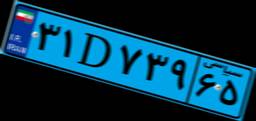
۵۰D۳۳۵۰۱